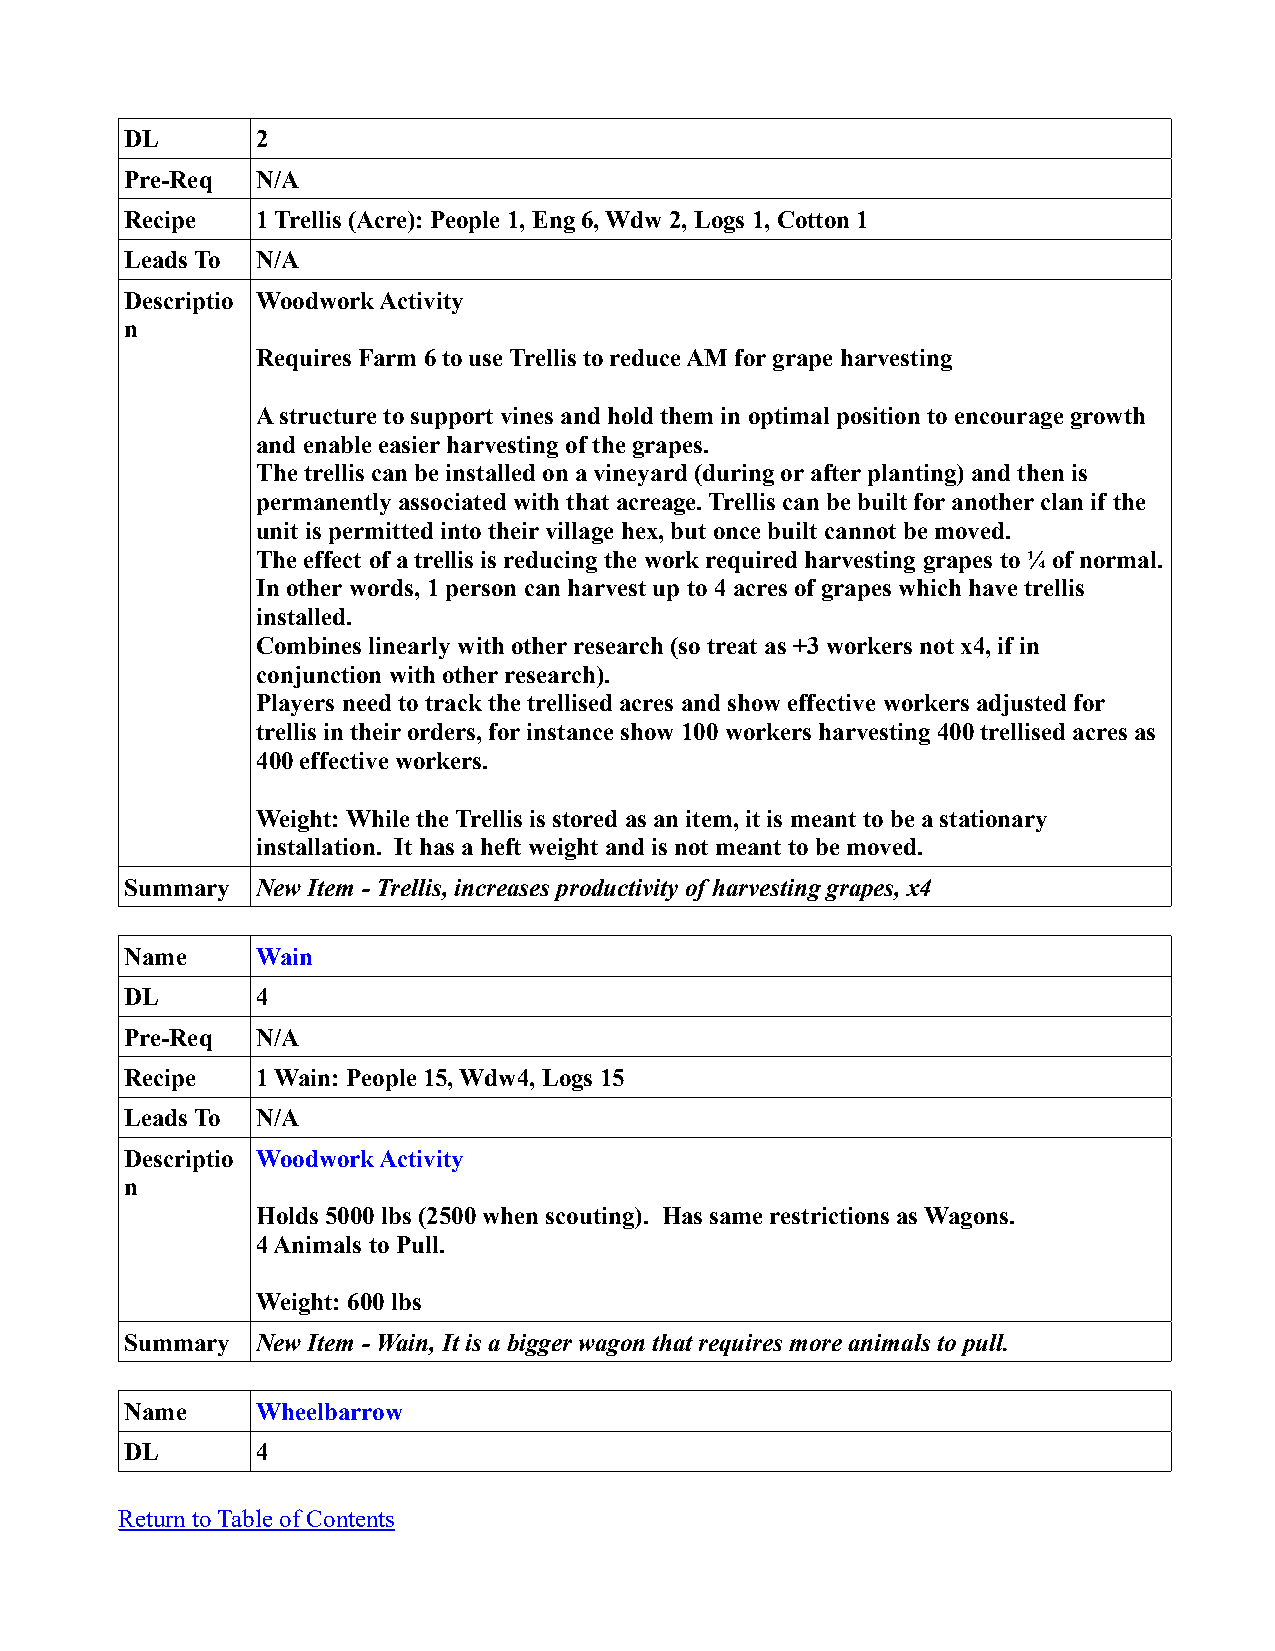
DL       2
 Pre-Req  N/A
 Recipe   1 Trellis (Acre): People 1, Eng 6, Wdw 2, Logs 1, Cotton 1
 Leads To N/A
 Descriptio Woodwork Activity
 n
 Requires Farm 6 to use Trellis to reduce AM for grape harvesting
 A structure to support vines and hold them in optimal position to encourage growth
 and enable easier harvesting of the grapes.
 The trellis can be installed on a vineyard (during or after planting) and then is
 permanently associated with that acreage. Trellis can be built for another clan if the
 unit is permitted into their village hex, but once built cannot be moved.
 The effect of a trellis is reducing the work required harvesting grapes to ¼ of normal.
 In other words, 1 person can harvest up to 4 acres of grapes which have trellis
 installed.
 Combines linearly with other research (so treat as +3 workers not x4, if in
 conjunction with other research).
 Players need to track the trellised acres and show effective workers adjusted for
 trellis in their orders, for instance show 100 workers harvesting 400 trellised acres as
 400 effective workers.
 Weight: While the Trellis is stored as an item, it is meant to be a stationary
 installation. It has a heft weight and is not meant to be moved.
 Summary  New Item - Trellis, increases productivity of harvesting grapes, x4
 Name     Wain
 DL       4
 Pre-Req  N/A
 Recipe   1 Wain: People 15, Wdw4, Logs 15
 Leads To N/A
 Descriptio Woodwork Activity
 n
 Holds 5000 lbs (2500 when scouting). Has same restrictions as Wagons.
 4 Animals to Pull.
 Weight: 600 lbs
 Summary  New Item - Wain, It is a bigger wagon that requires more animals to pull.
 Name     Wheelbarrow
 DL       4
 Return to Table of Contents